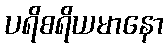
ပရိစရိယမာနော